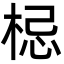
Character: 梞